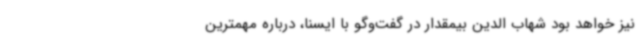
نیز خواهد بود شهاب الدین بیمقدار در گفت‌وگو با ایسنا، درباره مهمترین